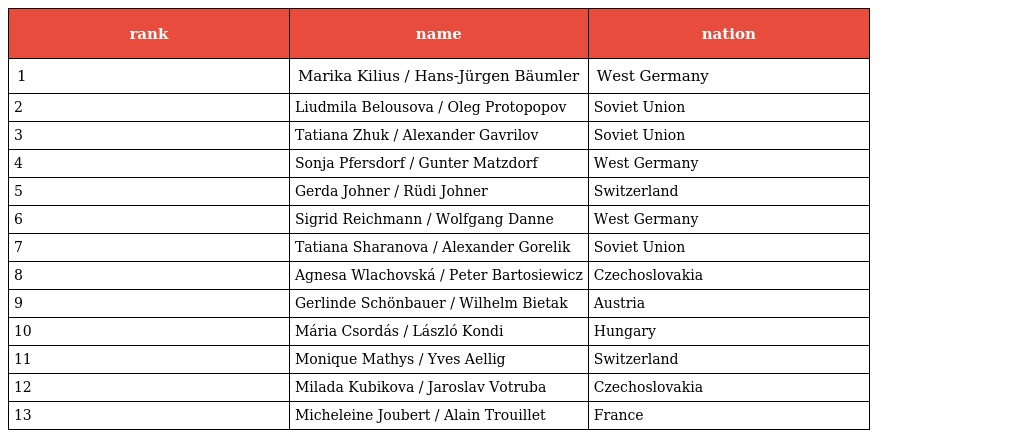
| rank | name | nation |
 | --- | --- | --- |
 | 1 | Marika Kilius / Hans-Jürgen Bäumler | West Germany |
 | 2 | Liudmila Belousova / Oleg Protopopov | Soviet Union |
 | 3 | Tatiana Zhuk / Alexander Gavrilov | Soviet Union |
 | 4 | Sonja Pfersdorf / Gunter Matzdorf | West Germany |
 | 5 | Gerda Johner / Rüdi Johner | Switzerland |
 | 6 | Sigrid Reichmann / Wolfgang Danne | West Germany |
 | 7 | Tatiana Sharanova / Alexander Gorelik | Soviet Union |
 | 8 | Agnesa Wlachovská / Peter Bartosiewicz | Czechoslovakia |
 | 9 | Gerlinde Schönbauer / Wilhelm Bietak | Austria |
 | 10 | Mária Csordás / László Kondi | Hungary |
 | 11 | Monique Mathys / Yves Aellig | Switzerland |
 | 12 | Milada Kubikova / Jaroslav Votruba | Czechoslovakia |
 | 13 | Micheleine Joubert / Alain Trouillet | France |